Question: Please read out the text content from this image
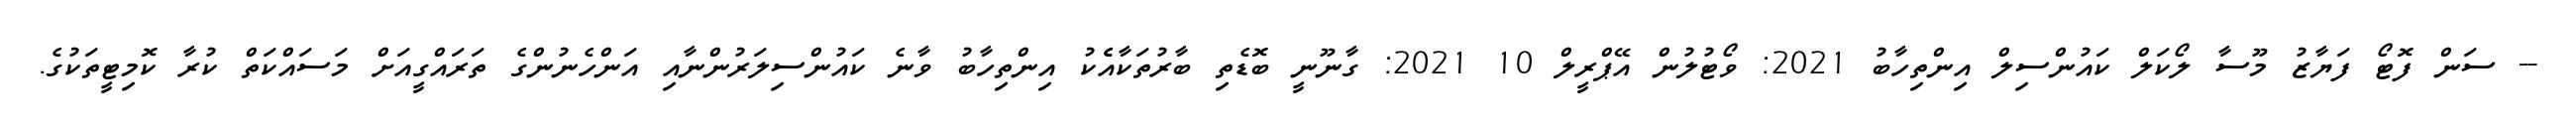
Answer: -- ސަން ފޮޓޯ ފަޔާޒު މޫސާ ލޯކަލް ކައުންސިލް އިންތިހާބު 2021: ވޯޓުލުން އޭޕްރީލް 10 2021: ގާނޫނީ ބޮޑެތި ބާރުތަކާއެެކު އިންތިހާބު ވާނެ ކައުންސިލަރުންނާއި އަންހެނުންގެ ތަރައްގީއަށް މަސައްކަތް ކުރާ ކޮމިޓީތަކުގެ.